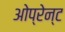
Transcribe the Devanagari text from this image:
ओप्रेन्ट